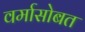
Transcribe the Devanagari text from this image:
वर्मासोबत